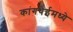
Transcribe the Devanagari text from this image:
कांगथेईमध्ये